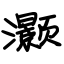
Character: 灏